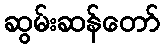
ဆွမ်းဆန်တော်